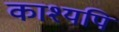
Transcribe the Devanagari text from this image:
काश्यपि